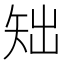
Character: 䂐